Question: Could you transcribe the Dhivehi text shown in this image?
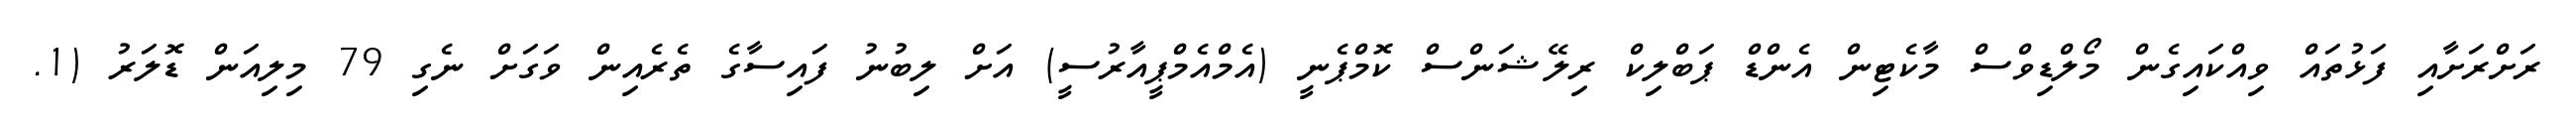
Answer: ރަށްރަށާއި ފަޅުތައް ވިއްކައިގެން މޯލްޑިވްސް މާކެޓިން އެންޑް ޕަބްލިކް ރިލޭޝަންސް ކޮމްޕެނީ (އެމްއެމްޕީއާރުސީ) އަށް ލިބުނު ފައިސާގެ ތެރެއިން ވަގަށް ނެގި 79 މިލިއަން ޑޮލަރު (1.